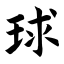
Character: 球